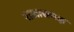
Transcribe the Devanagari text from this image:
राजासमक्ष